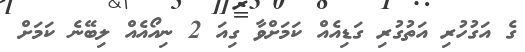
ގެ އަގުހުރި އަތުގުރި ގަޑިއެއް ކަމަށްވާ ގިއަ 2 ނިއޯއެއް ލިބޭނެ ކަަމަށް